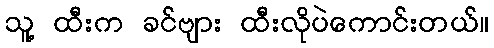
သူ့ ထီးက ခင်ဗျား ထီးလိုပဲကောင်းတယ်။